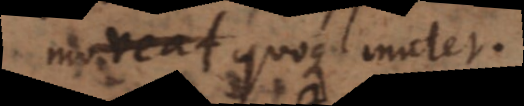
moveat quoque mutet.